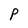
Character: P